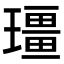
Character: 𪼡